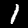
Digit: 1